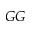
G G